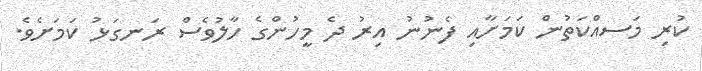
ކުރި މަސއްކަތުން ކަމަށާއި ފެނުނު އިރު ދެ މީހުންގެ ހާލުވެސް ރަނގަޅު ކަމަށެވެ.